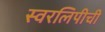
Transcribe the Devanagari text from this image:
स्वरलिपीची